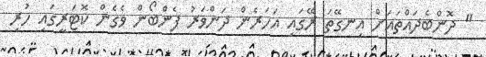
" ދޮންބެދައްތައަށް އިނގޭތަ ރޭގައި އަހަރެން ދަންވަރު ފެންބޯން ވެގެން ކޮޓަރީގައި ހުރި